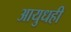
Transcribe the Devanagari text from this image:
आयुधही